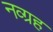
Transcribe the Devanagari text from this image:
नव्ग्रह